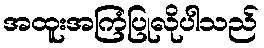
အထူးအကြံပြုလိုပါသည်